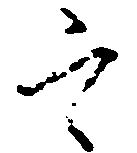
定